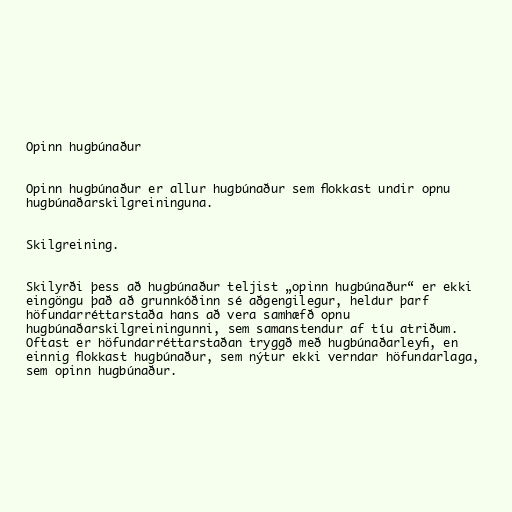
Opinn hugbúnaður

Opinn hugbúnaður er allur hugbúnaður sem flokkast undir opnu
hugbúnaðarskilgreininguna.

Skilgreining.

Skilyrði þess að hugbúnaður teljist „opinn hugbúnaður“ er ekki
eingöngu það að grunnkóðinn sé aðgengilegur, heldur þarf
höfundarréttarstaða hans að vera samhæfð opnu
hugbúnaðarskilgreiningunni, sem samanstendur af tíu atriðum.
Oftast er höfundarréttarstaðan tryggð með hugbúnaðarleyfi, en
einnig flokkast hugbúnaður, sem nýtur ekki verndar höfundarlaga,
sem opinn hugbúnaður.